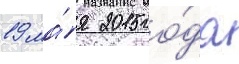
19 ма́я 2015 го́да